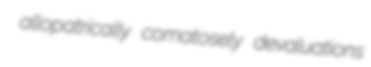
allopatrically comatosely devaluations